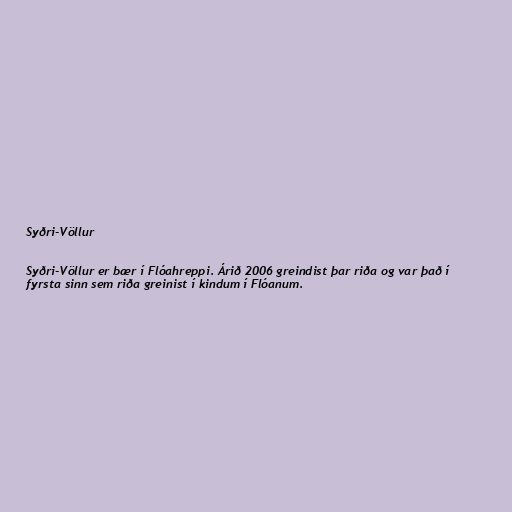
Syðri-Völlur

Syðri-Völlur er bær í Flóahreppi. Árið 2006 greindist þar riða og var það í
fyrsta sinn sem riða greinist í kindum í Flóanum.